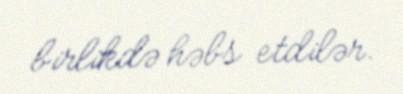
birlikdə həbs etdilər.